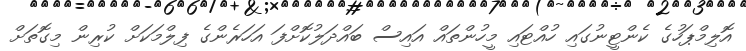
އޮލިމްޕަހުގެ ކެންޓީނުގައި ހުއްޓައި މީހުންތައް އައިސް ބައްދަލުކޮށްފަ އަހަރެންގެ ފިލްމަކަށް ކުރިން މިގޮތަށް